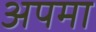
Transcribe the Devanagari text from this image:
अपमा